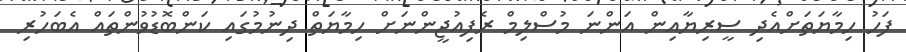
ފަހު ހިމާޔަތަށްއެދި ސީރިޔާއިން އަންނަ މުސްލިމް ރެފިއުޖީންނަށް ހިމާޔަތް ދިނުމުގައި ކަންބޮޑުވުންތައް އެބަހުރި